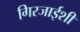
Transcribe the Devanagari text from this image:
गिरजाईशी